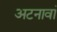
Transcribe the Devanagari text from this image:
अटनावां